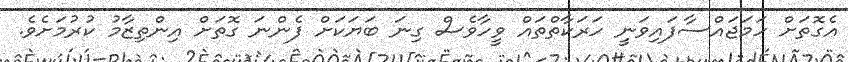
އެގޮތަށް ހަމަޖައްސާފައިވަނީ ހަރަކާތްތައް ވީހާވެސް ގިނަ ބަޔަކަށް ފެންނަ ގޮތަށް އިންތިޒާމު ކުރުމަށެވެ.